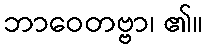
ဘာဝေတဗ္ဗာ၊ ၏။